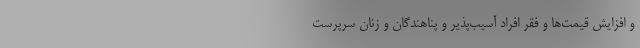
و افزایش قیمت‌ها و فقر افراد آسیب‌پذیر و پناهندگان و زنان سرپرست